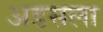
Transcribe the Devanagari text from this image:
अडसला